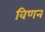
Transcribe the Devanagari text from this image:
विणन